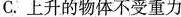
C. 上升的物体不受重力